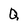
Character: Q